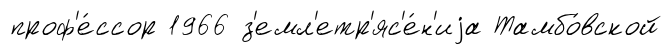
проф'е́ссор 1966 з'емл'етр'яс'е́н'иjа Тамбо́вской